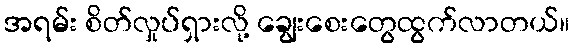
အရမ်း စိတ်လှုပ်ရှားလို့ ချွေးစေးတွေထွက်လာတယ်။